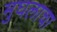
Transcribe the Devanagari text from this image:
मुघलाचा